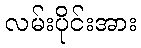
လမ်းပိုင်းအား